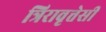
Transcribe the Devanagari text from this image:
त्रिरावृत्तेसी